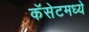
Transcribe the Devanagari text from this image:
कॅसेटमध्ये